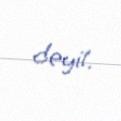
deyil.